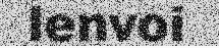
lenvoi